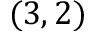
( 3 , 2 )